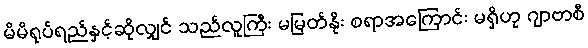
မိမိရုပ်ရည်နှင့်ဆိုလျှင် သည်လူကြီး မမြတ်နိုး စရာအကြောင်း မရှိဟု ဂျာဗာစီ